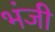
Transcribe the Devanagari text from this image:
भंजी